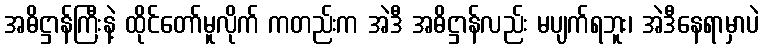
အဓိဋ္ဌာန်ကြီးနဲ့ ထိုင်တော်မူလိုက် ကတည်းက အဲဒီ အဓိဋ္ဌာန်လည်း မပျက်ရဘူး၊ အဲဒီနေရာမှာပဲ